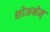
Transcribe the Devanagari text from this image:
शोअनेम्